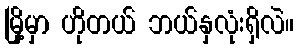
မြို့မှာ ဟိုတယ် ဘယ်နှလုံးရှိလဲ။